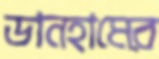
ডানহামের